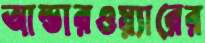
আন্ডারওয়্যারের